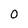
Character: 0